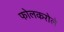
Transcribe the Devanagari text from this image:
फोलकरोले